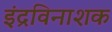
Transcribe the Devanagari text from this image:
इंद्रविनाशक